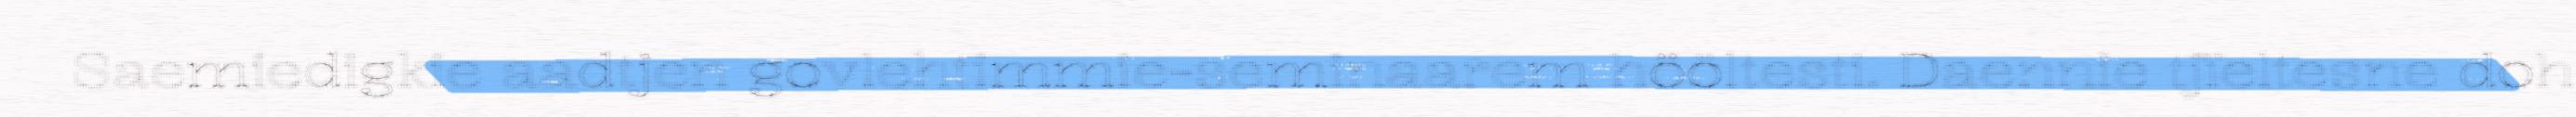
Saemiedigkie aadtjen govlehtimmie-seminaarem hööltesti. Daennie tjïeltesne doh